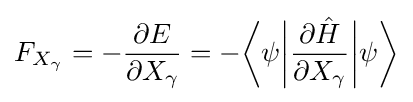
F_{X_{\gamma }}=-{\frac {\partial E}{\partial X_{\gamma }}}=-{\bigg \langle }\psi {\bigg |}{\frac {\partial {\hat {H}}}{\partial X_{\gamma }}}{\bigg |}\psi {\bigg \rangle }